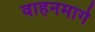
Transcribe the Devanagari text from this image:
वाहनमार्ग